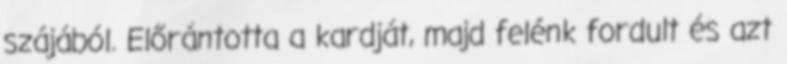
szájából. Előrántotta a kardját, majd felénk fordult és azt